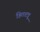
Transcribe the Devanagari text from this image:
हितशत्रू